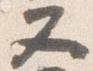
又